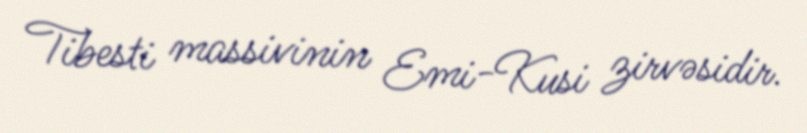
Tibesti massivinin Emi-Kusi zirvəsidir.